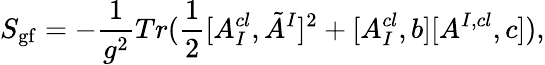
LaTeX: S_{\mathrm{gf}}=-\frac{1}{g^{2}}Tr(\frac{1}{2}[A_{I}^{cl},\tilde{A}^{I}]^{2}+[A_{I}^{cl},b][A^{I,cl},c]),